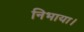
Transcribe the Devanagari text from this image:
निभाया।